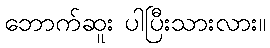
ဘောက်ဆူး ပါပြီးသားလား။